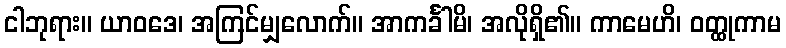
ငါဘုရား။ ယာဝဒေ၊ အကြင်မျှလောက်။ အာကင်္ခါမိ၊ အလိုရှိ၏။ ကာမေဟိ၊ ဝတ္ထုကာမ